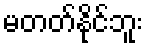
မတတ်နိုင်ဘူး